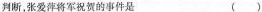
判断，张爱萍将军祝贺的事件是（）